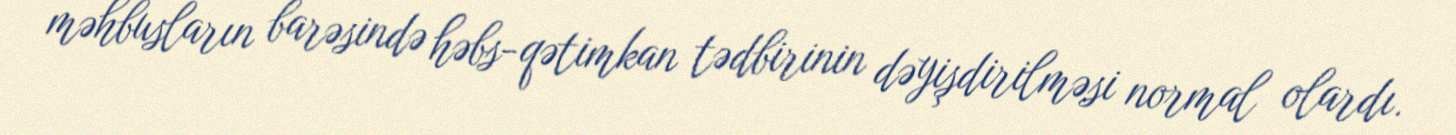
məhbusların barəsində həbs-qətimkan tədbirinin dəyişdirilməsi normal olardı.